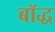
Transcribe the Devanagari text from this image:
बॉद्ध